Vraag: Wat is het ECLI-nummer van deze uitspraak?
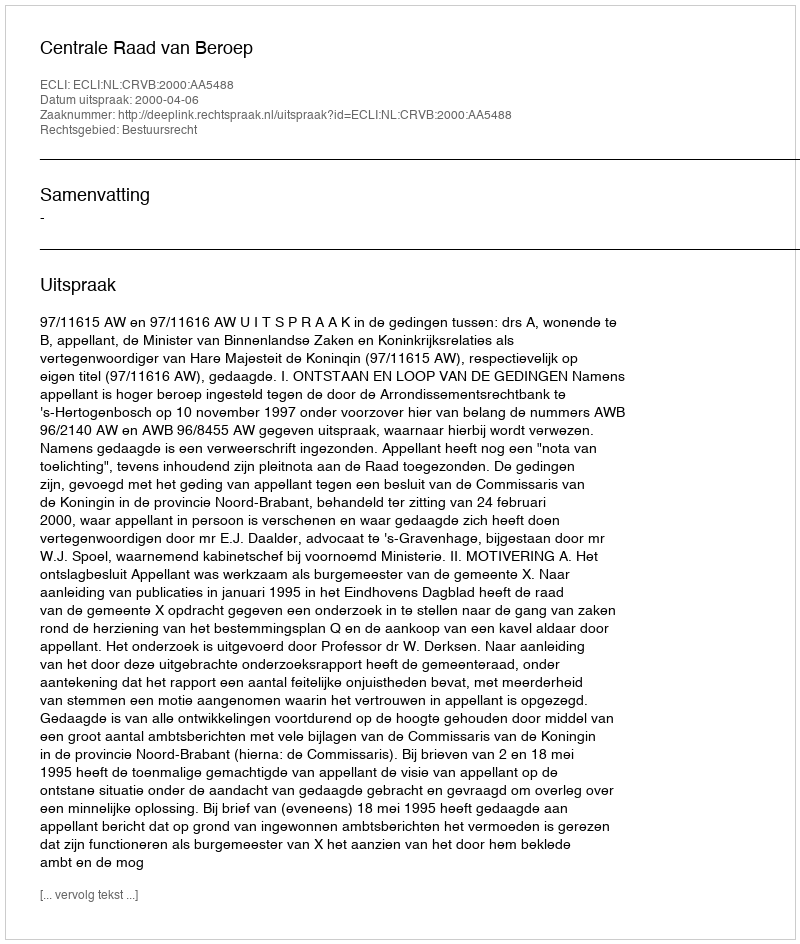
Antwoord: ECLI:NL:CRVB:2000:AA5488